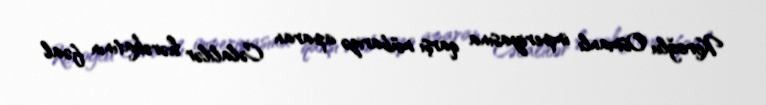
Koroğlu Osmanlı imperiyasına qarşı mübarizə aparan Cəlalilər hərəkatının fəal